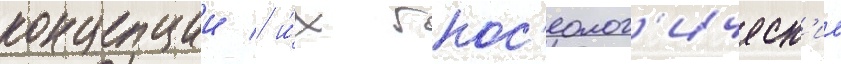
концепции / и́х гнос'еолог'ическ'ие